Report on malaria in the Punjab during the year ...  together with an account of the work of the Punjab Malaria Bureau - Volume 6
Disease focus: Malaria
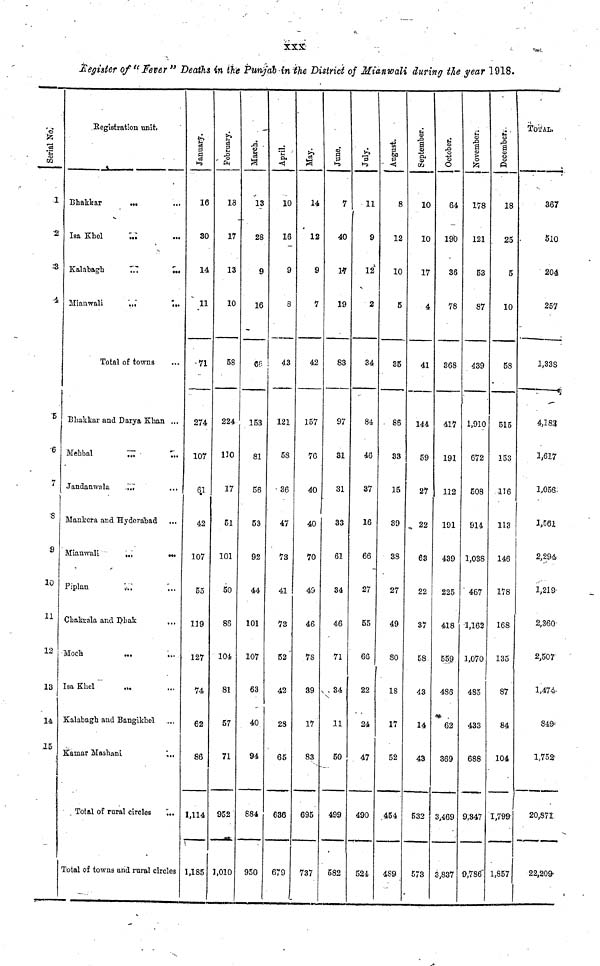
XXX
Register of " Fever " Deaths in the Punjab in the District of Mianwali during the year 1918.
Serial No.
1
2
S
4
5
6
7
S
9
10
11
12
13
14
15
Registration unit.
Bhakkar
Isa Khel
Kalabagh
Mianwali
...
...
...
...
Total of towns
Bhakkar and Darya Khan
Mehbal
Jandanwala
...
...
Mankera and Hyderabad
Mianwali
Piplan
...
...
Chakrala and Dhak
Moch
Isa Khel
...
...
Kalabagh and Bangikbel
Kainar Mashani
Total of rural circles
...
...
...
...
...
...
...
...
...
...
...
...
...
...
...
...
...
Total of towns and rural circles
January.
16
30
14
11
71
274
107
61
42
107
55
119
127
74
62
86
1,114
1,185
February.
18
17
13
10
58
224
110
17
51
101
50
86
104
81
57
71
952
1,010
March
13
28
9
16
66
153
81
56
53
92
44
101
107
63
40
94
884
950
April.
10
16
9
8
43
121
58
36
47
73
41
73
52
42
28
65
636
679
May.
14
12
9
7
42
157
76
40
40
70
49
46
78
39
17
83
695
737
June.
7
40
17
19
83
97
31
31
33
61
34
46
71
34
11
50
499
582
July.
11
9
12
2
34
84
46
37
16
66
27
55
66
22
24
47
490
524
August.
8
12
10
5
35
86
33
15
39
38
27
49
80
18
17
52
454
489
September.
10
10
17
4
41
144
59
27
22
63
22
37
58
43
14
43
532
573
October.
64
190
36
78
368
417
191
112
191
439
225
418
559
486
62
369
3,469
3,837
November.
178
121
53
87
439
1,910
672
508
914
1,038
467
1,162
1,070
485
433
688
9,347
9,786
December.
18
25
5
10
58
515
153
116
113
146
178
168
135
87
84
104
1,799
1,857
TOTAL.
367
510
204
257
1,338
4,182
1,617
1,056
1,561
2,294
1,219
2,360
2,507
1,474
849
1,752
20,871
22,209